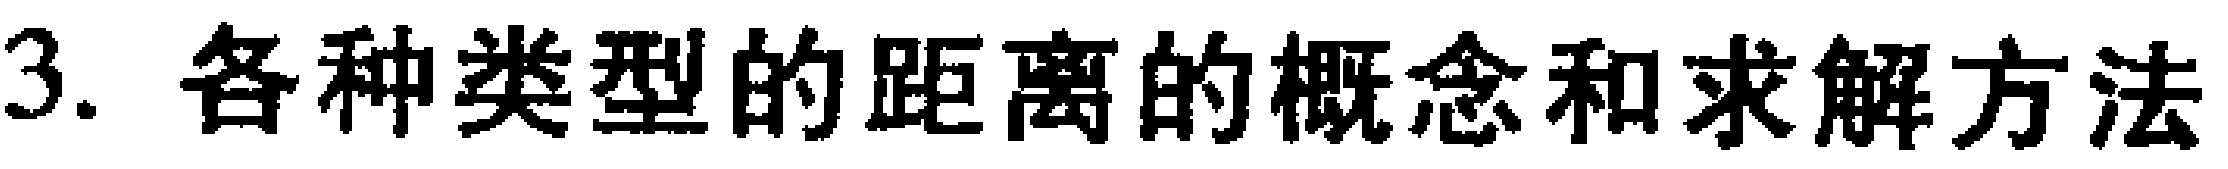
3. 各种类型的距离的概念和求解方法